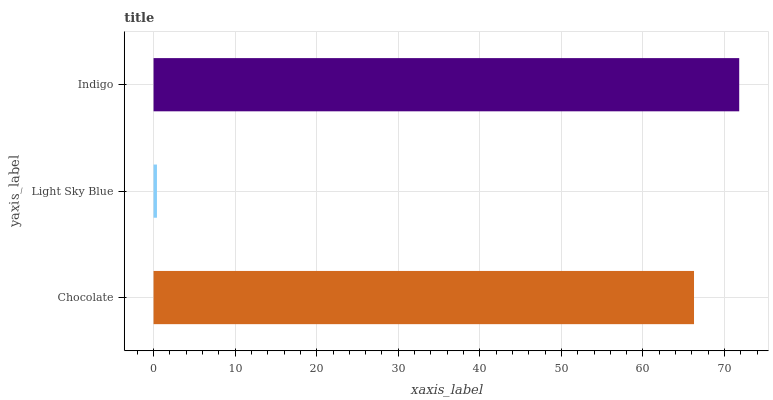
| yaxis_label | bars |
 | --- | --- |
 | Chocolate | 66.3 |
 | Light Sky Blue | 0.416 |
 | Indigo | 71.8 |